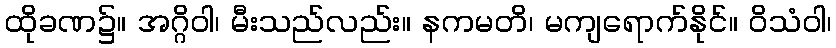
ထိုခဏ၌။ အဂ္ဂိဝါ၊ မီးသည်လည်း။ နကမတိ၊ မကျရောက်နိုင်။ ဝိသံဝါ၊